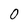
Character: 0